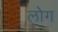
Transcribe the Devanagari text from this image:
लाेेग